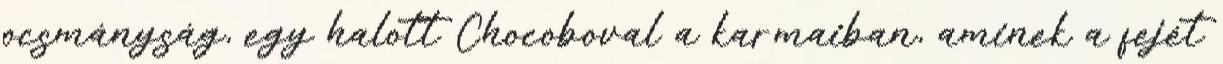
ocsmányság, egy halott Chocoboval a karmaiban, aminek a fejét